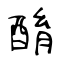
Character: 酳